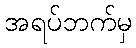
အရပ်ဘက်မှ